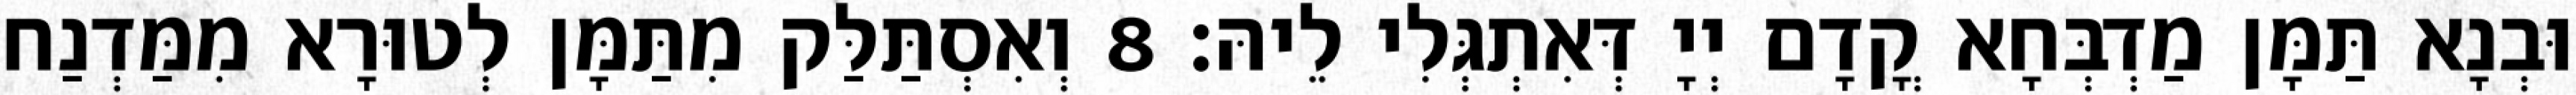
וּבְנָא תַּמָּן מַדְבְּחָא קֳדָם יְיָ דְּאִתְגְּלִי לֵיהּ׃ 8 וְאִסְתַּלַּק מִתַּמָּן לְטוּרָא מִמַּדְנַח